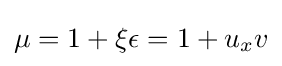
\mu =1+\xi \epsilon =1+u_{x}v